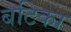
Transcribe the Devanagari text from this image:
बटिका